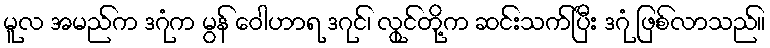
မူလ အမည်က ဒဂုံက မွန် ဝေါဟာရ ဒဂုင်၊ လွုင်တို့က ဆင်းသက်ပြီး ဒဂုံ ဖြစ်လာသည်။